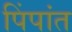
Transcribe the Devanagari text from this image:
पिंपांत